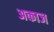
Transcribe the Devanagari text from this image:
अकाज